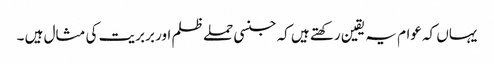
یہاں کہ عوام یہ یقین رکھتے ہیں کہ جنسی حملے ظلم اور بربریت کی مثال ہیں ۔